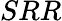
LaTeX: SRR